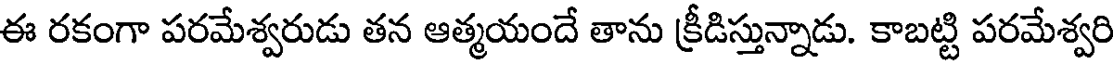
ఈ రకంగా పరమేశ్వరుడు తన ఆత్మయందే తాను క్రీడిస్తున్నాడు. కాబట్టి పరమేశ్వరి